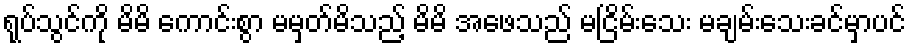
ရုပ်သွင်ကို မိမိ ကောင်းစွာ မမှတ်မိသည့် မိမိ အဖေသည် မငြိမ်းသေး မချမ်းသေးခင်မှာပင်